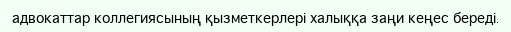
адвокаттар коллегиясының қызметкерлері халыққа заңи кеңес береді.